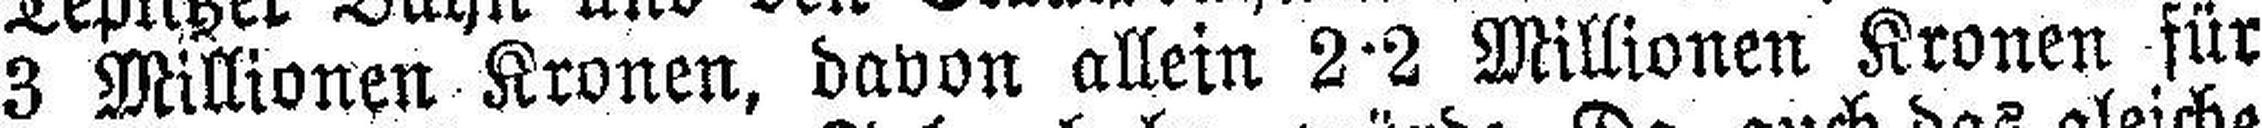
3 Millionen Kronen, davon allein 2·2 Millionen Kronen für